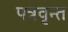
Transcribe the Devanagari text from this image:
पत्रवृन्त